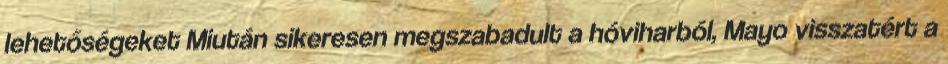
lehetőségeket Miután sikeresen megszabadult a hóviharból, Mayo visszatért a